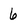
Character: 6